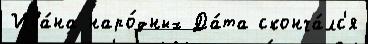
Ива́на наро́дных Да́та сконча́лс'я